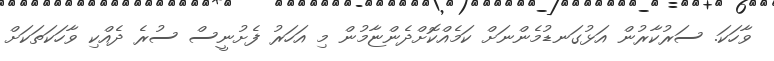
ވާހަކަ. ސަރުކާރުން އަޅުގަނޑުމެންނަށް ކަމެއްކޮށްދެންޏާމުން މި އަހަރު ފެށުނީސް ސުރެ ދެއްކި ވާހަކަތަކަށް